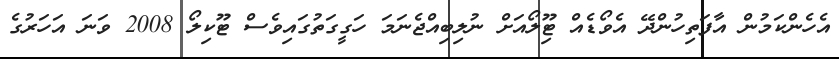
އެހެންކަމުން އާފަތިހުންދޭ އެވޯޑެއް ޓޫިލޯއަށް ނުލިބިއްޖެނަމަ ހަގީގަތުގައިވެސް ޓޫކިލޯ 2008 ވަނަ އަހަރުގެ